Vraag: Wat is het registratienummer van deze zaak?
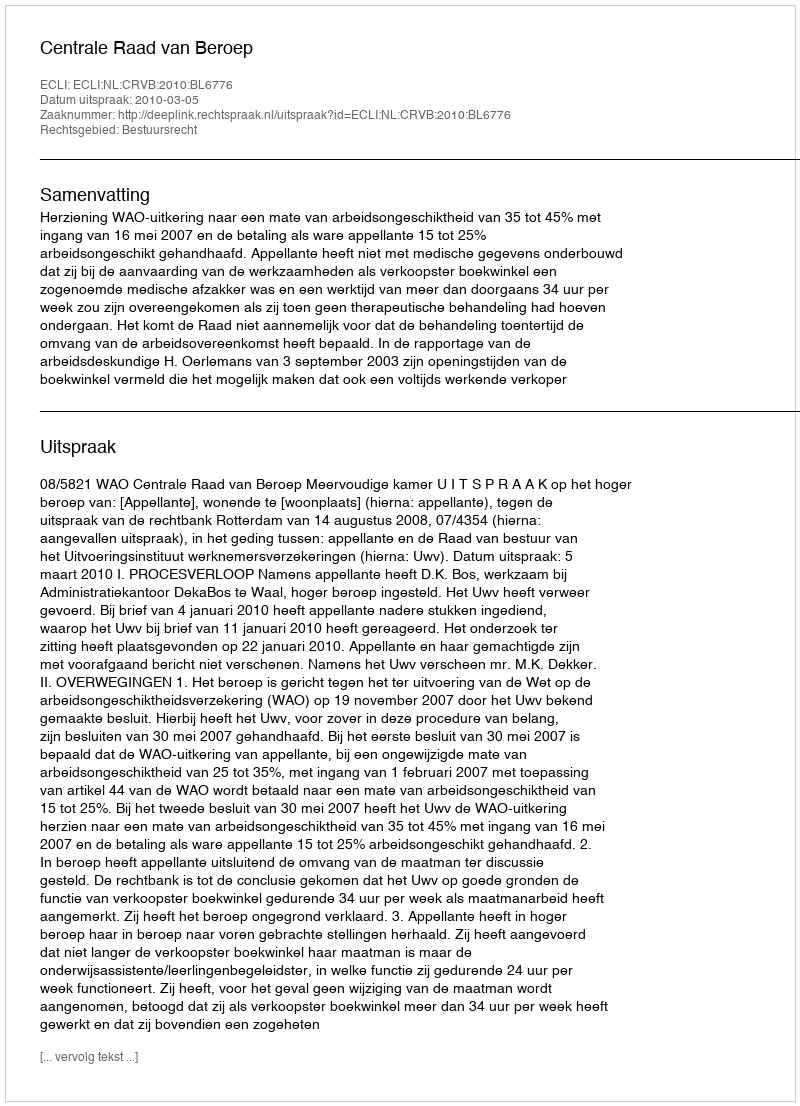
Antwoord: http://deeplink.rechtspraak.nl/uitspraak?id=ECLI:NL:CRVB:2010:BL6776